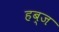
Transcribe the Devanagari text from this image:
हब्ज